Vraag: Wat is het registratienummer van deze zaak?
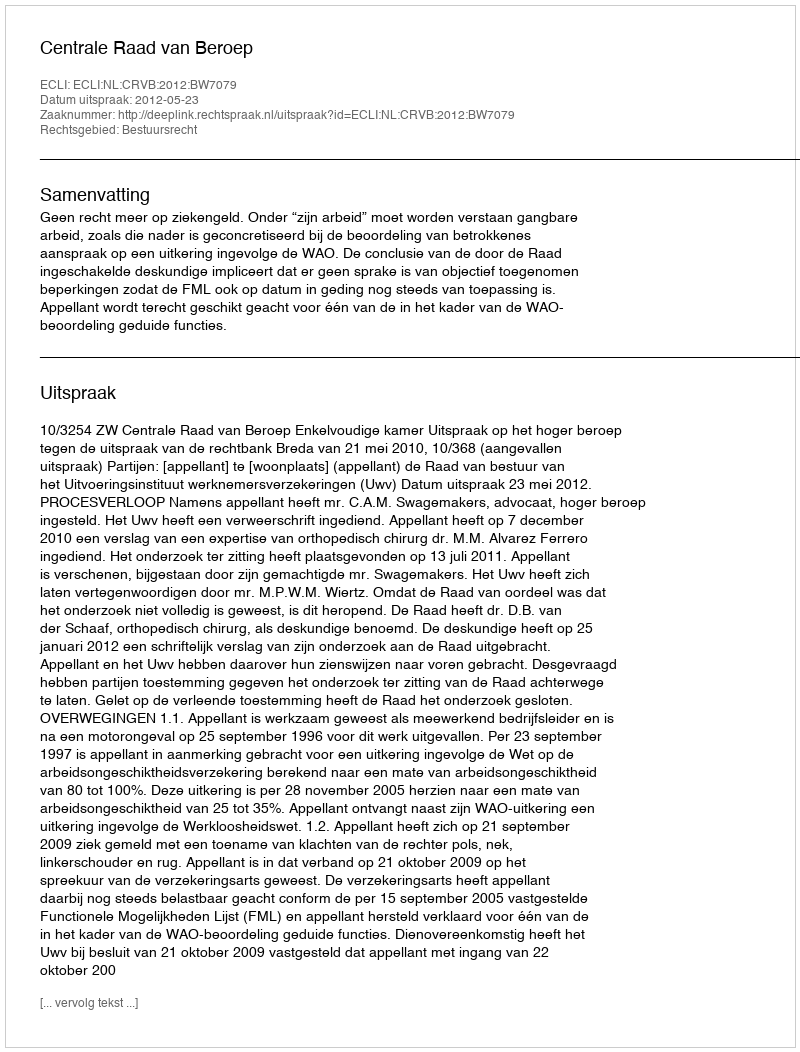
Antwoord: http://deeplink.rechtspraak.nl/uitspraak?id=ECLI:NL:CRVB:2012:BW7079